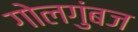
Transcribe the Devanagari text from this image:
गोलगुंबज